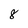
Character: 8